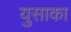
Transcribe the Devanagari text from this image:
युसाका